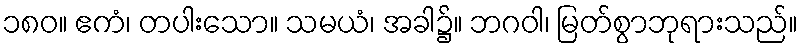
၁၈၀။ ဧကံ၊ တပါးသော။ သမယံ၊ အခါ၌။ ဘဂဝါ၊ မြတ်စွာဘုရားသည်။